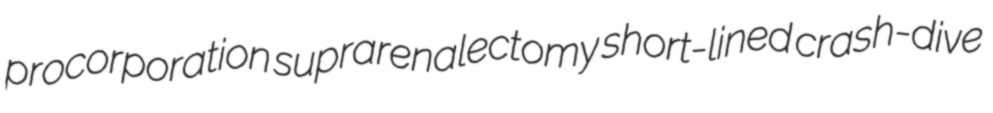
procorporation suprarenalectomy short-lined crash-dive